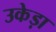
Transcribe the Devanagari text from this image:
उकेड़ा